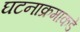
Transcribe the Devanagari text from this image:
घटनाक्रमाकडे